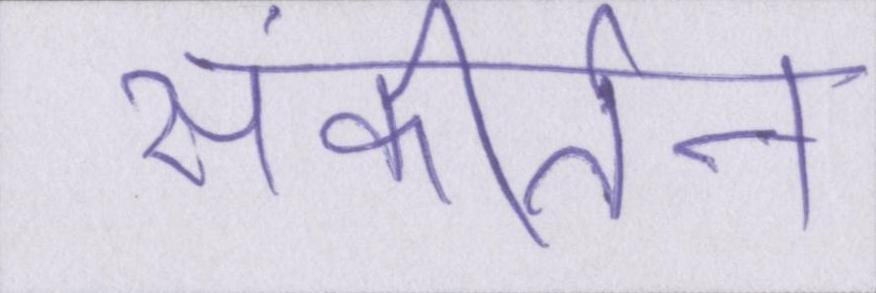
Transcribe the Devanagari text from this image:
संकीर्तन